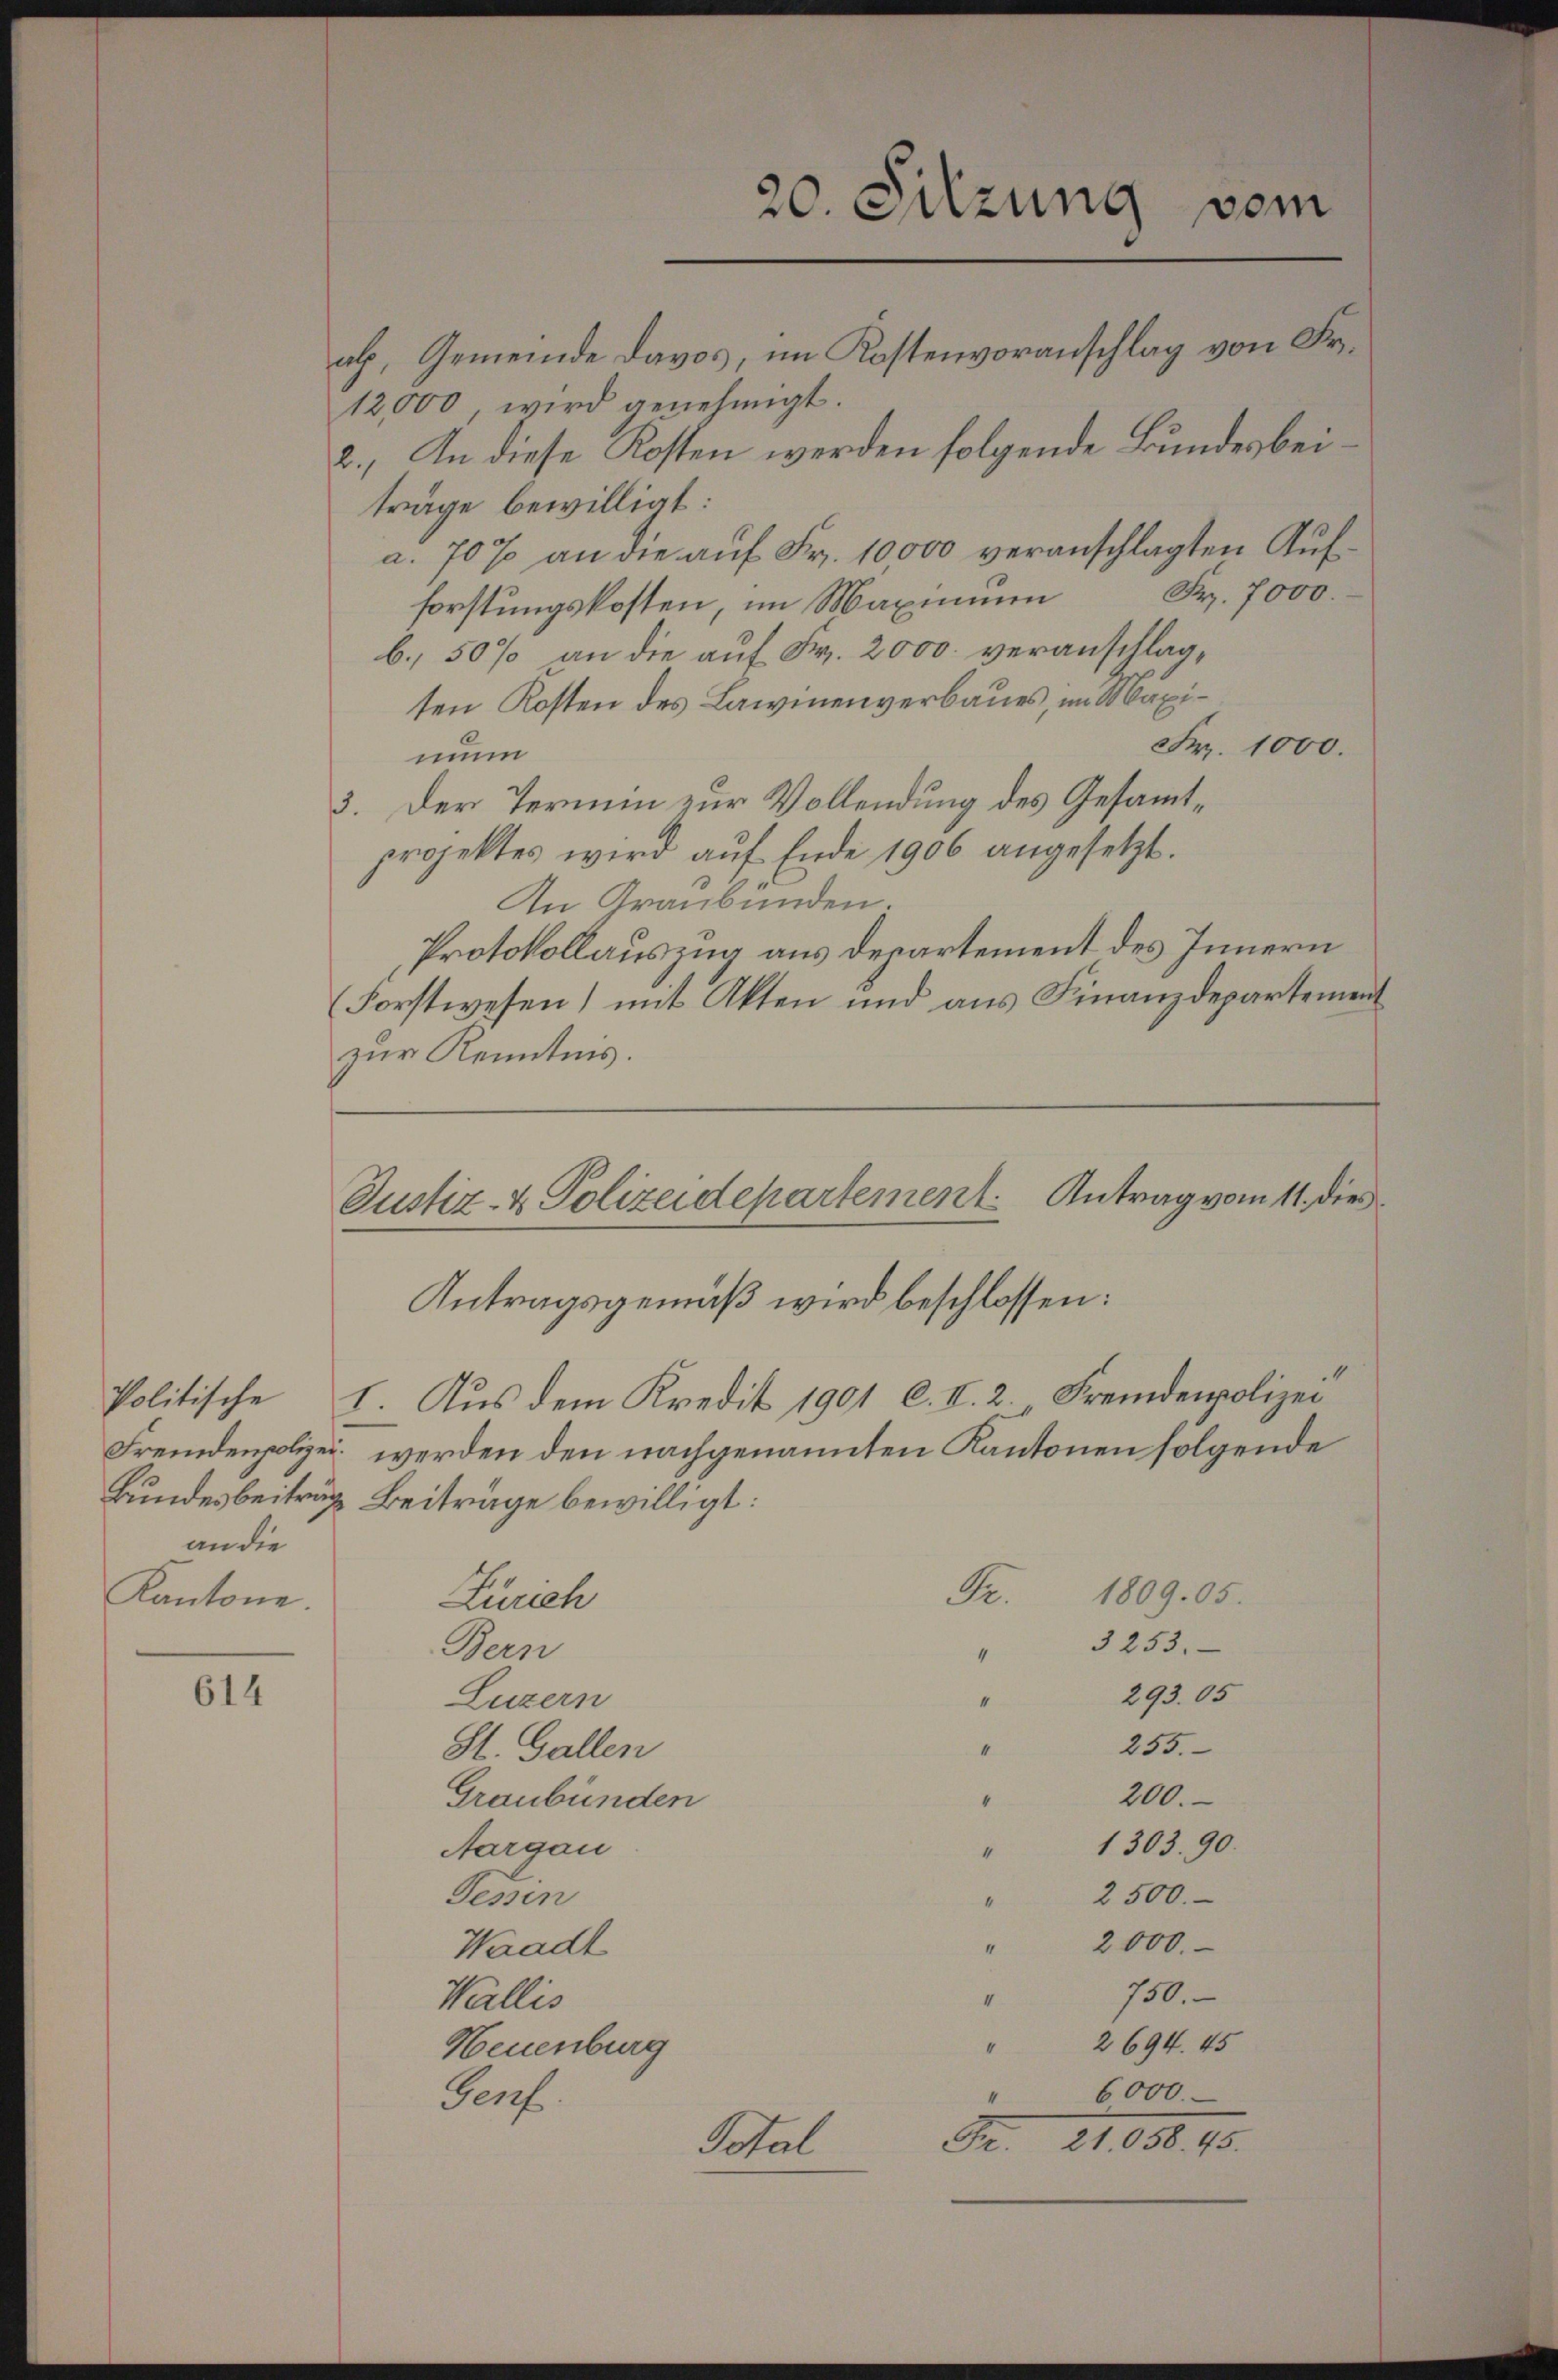
20. Sitzung
vom
al, Gemeinde davos, im Kostenvoranschlag von Fr.
2.) An diese Kosten werden folgende Bundesbei¬

12,000, wird genehmigt.
träge bewilligt:
a. 70% an die auf Fr. 10000 veranschlagten Aufforstungskosten, im Maximum Fr. 7000.
b, 50% an die auf Fr. 2000. veranschlagten Kosten des Lawinenverbaues, im Maxi¬
Fr. 1000.
nun
3. Der Termin zur Vollendung des Gesammtprojektes wird aŭf Ende 1906 angesetzt.
An Graubünden.
Protokollauszug aus Departement des Innern
Forstwesen) mit Akten und aus Finanzdepartement
zur Kenntnis.

Justiz- & Polizeidepartement Antrag vom 11. Dies
Antragsgemäß wird beschlossen:
Politische I. Aus dem Kredit 1901 l. II. 2. Fremdenpolizei

Fremdenpolizei werden den nachgenannten Kantonen folgende
Bundesbeitrag Beiträge bewilligt:
.
1809. 05.
Zürich
3253.
Bern
4
293. 05
Luzern
4
255.
4
St. Gallen
200.
Graubünden
1303. 90.
Aargau
u
Tessin
2500.
4
2000.
Waadt
750.
“
Wallis
2694. 45
“
Neuenburg
" 6000.
Genf
R. 21. 898. 10.
Total

ander
Kantone.

614